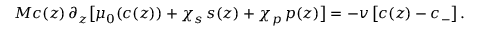
M c ( z ) \, \partial _ { z } \bigl [ \mu _ { 0 } ( c ( z ) ) + \chi _ { s } \, s ( z ) + \chi _ { p } \, p ( z ) \bigr ] = - v \, \bigl [ c ( z ) - c _ { - } \bigr ] \, .